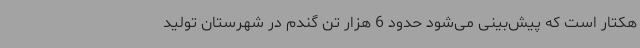
هکتار است که پیش‌بینی می‌شود حدود 6 هزار تن گندم در شهرستان تولید